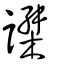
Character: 謋